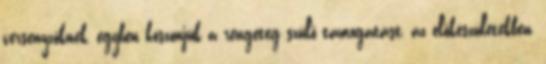
versenyzőknek, egyben köszönjük a rengeteg szülő támogatást, az előkészületekben,